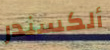
ألكسندر